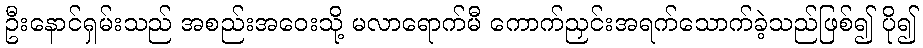
ဦးနောင်ရှမ်းသည် အစည်းအဝေးသို့ မလာရောက်မီ ကောက်ညှင်းအရက်သောက်ခဲ့သည်ဖြစ်၍ ပို၍